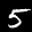
Digit: 5